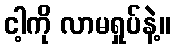
ငါ့ကို လာမရှုပ်နဲ့။